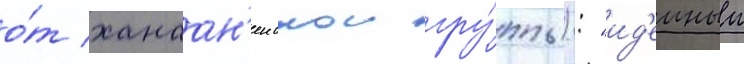
о́т ханаан'еискои гру́ппы): "ид'еиныи